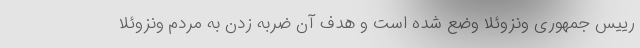
رییس جمهوری ونزوئلا وضع شده است و هدف آن ضربه زدن به مردم ونزوئلا